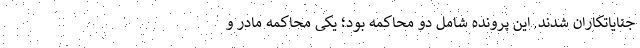
جنایاتکاران شدند. این پرونده شامل دو محاکمه بود؛ یکی محاکمه مادر و